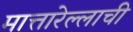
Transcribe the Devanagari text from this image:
मात्तारेल्लाची